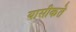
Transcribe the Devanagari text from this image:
यासीकते